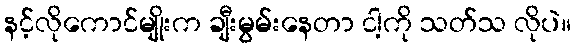
နင့်လိုကောင်မျိုးက ချီးမွမ်းနေတာ ငါ့ကို သတ်သ လိုပဲ။